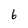
Character: 6